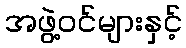
အဖွဲ့ဝင်များနှင့်